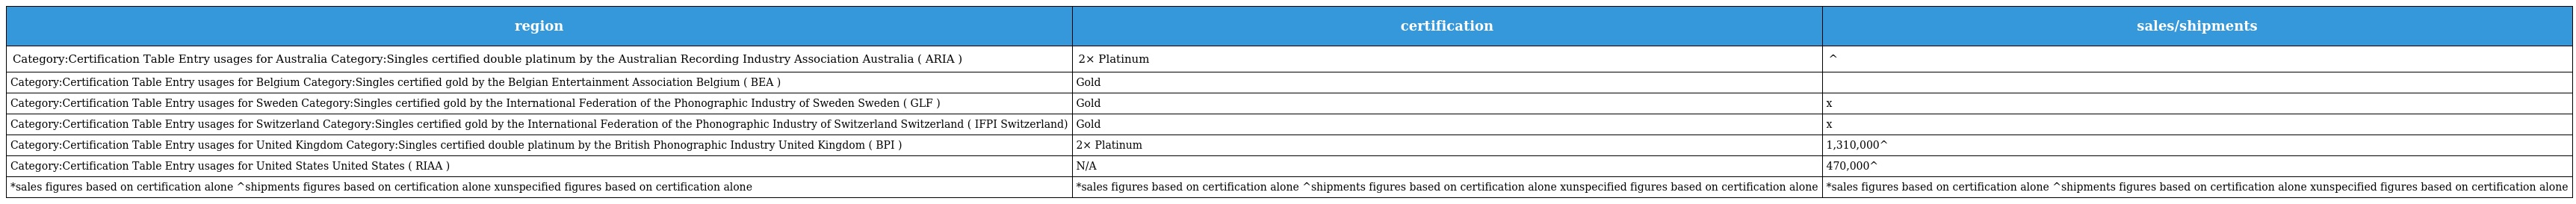
| region | certification | sales/shipments |
 | --- | --- | --- |
 | Category:Certification Table Entry usages for Australia Category:Singles certified double platinum by the Australian Recording Industry Association Australia ( ARIA ) | 2× Platinum | ^ |
 | Category:Certification Table Entry usages for Belgium Category:Singles certified gold by the Belgian Entertainment Association Belgium ( BEA ) | Gold |  |
 | Category:Certification Table Entry usages for Sweden Category:Singles certified gold by the International Federation of the Phonographic Industry of Sweden Sweden ( GLF ) | Gold | x |
 | Category:Certification Table Entry usages for Switzerland Category:Singles certified gold by the International Federation of the Phonographic Industry of Switzerland Switzerland ( IFPI Switzerland) | Gold | x |
 | Category:Certification Table Entry usages for United Kingdom Category:Singles certified double platinum by the British Phonographic Industry United Kingdom ( BPI ) | 2× Platinum | 1,310,000^ |
 | Category:Certification Table Entry usages for United States United States ( RIAA ) | N/A | 470,000^ |
 | *sales figures based on certification alone ^shipments figures based on certification alone xunspecified figures based on certification alone | *sales figures based on certification alone ^shipments figures based on certification alone xunspecified figures based on certification alone | *sales figures based on certification alone ^shipments figures based on certification alone xunspecified figures based on certification alone |